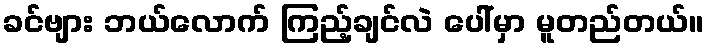
ခင်ဗျား ဘယ်လောက် ကြည့်ချင်လဲ ပေါ်မှာ မူတည်တယ်။